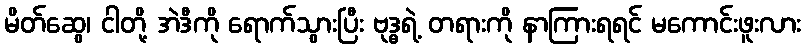
မိတ်ဆွေ၊ ငါတို့ အဲဒီကို ရောက်သွားပြီး ဗုဒ္ဓရဲ့ တရားကို နာကြားရရင် မကောင်းဖူးလား